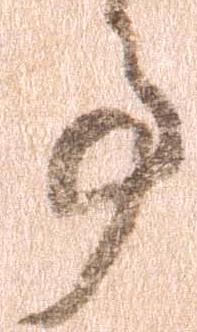
事